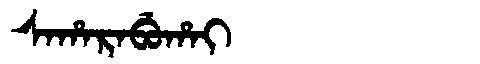
Manchu: ᠰᠠᡥᠠᡵᠠᠪᡠᡥᠠᡳ
Romanization: SAHARABUHAI